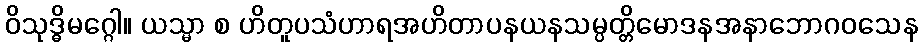
ဝိသုဒ္ဓိမဂ္ဂေါ။ ယသ္မာ စ ဟိတူပသံဟာရအဟိတာပနယနသမ္ပတ္တိမောဒနအနာဘောဂဝသေန